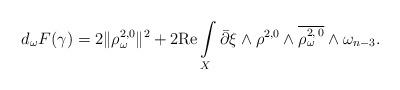
LaTeX: \begin{align*}d_{\omega}F(\gamma)= 2 \Vert \rho^{2,0} _{\omega} \Vert^2+ 2\mbox{Re} \int\limits_X \bar\partial \xi \wedge \rho^{2,0} \wedge \overline{\rho_\omega^{2,\,0}} \wedge \omega_{n-3}.\end{align*}